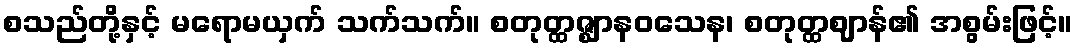
စသည်တို့နှင့် မရောမယှက် သက်သက်။ စတုတ္ထဇ္ဈာနဝသေန၊ စတုတ္ထဈာန်၏ အစွမ်းဖြင့်။